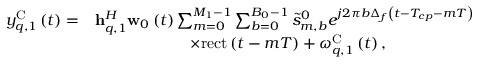
\begin{array} { r l } { y _ { q , 1 } ^ { \mathrm { { C } } } \left( t \right) = } & { { \bf { h } } _ { q , 1 } ^ { H } { { \bf { w } } _ { 0 } } \left( t \right) \sum _ { m = 0 } ^ { { M _ { 1 } } - 1 } { \sum _ { b = 0 } ^ { { B _ { 0 } } - 1 } { \tilde { s } _ { m , b } ^ { 0 } } } { e ^ { j 2 \pi b \Delta _ { f } \left( { t - { T _ { c p } } - m { T } } \right) } } } \\ & { \qquad \qquad \qquad \times { \mathrm { r e c t } } \left( { t - m { T } } \right) + \omega _ { q , 1 } ^ { \mathrm { { C } } } \left( t \right) , } \end{array}